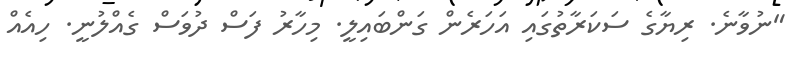
"ނުވާނެ. ރިޔާގެ ސަކަރާތުގައި އަހަރެން ގަންބައިލީ. މިހާރު ފަސް ދުވަސް ގެއްލުނީ. ހިއެއް